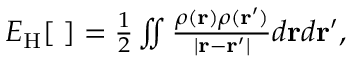
\begin{array} { r } { E _ { \mathrm { H } } [ { \bf \rho } ] = \frac { 1 } { 2 } \iint \frac { \rho ( { \bf r } ) \rho ( { \bf r ^ { \prime } } ) } { \vert { \bf r - r ^ { \prime } } \vert } d { \bf r } d { \bf r ^ { \prime } } , } \end{array}